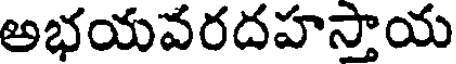
అభయవరదహస్తాయ